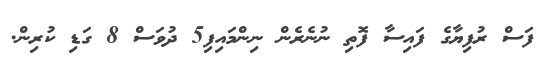
ފަސް ރުފިޔާގެ ފައިސާ ފޮތި ނުނެރެން ނިންމައިފި5 ދުވަސް 8 ގަޑި ކުރިން.